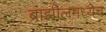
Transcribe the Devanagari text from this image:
ब्राझीलमध्येच